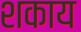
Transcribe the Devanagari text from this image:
शकाय